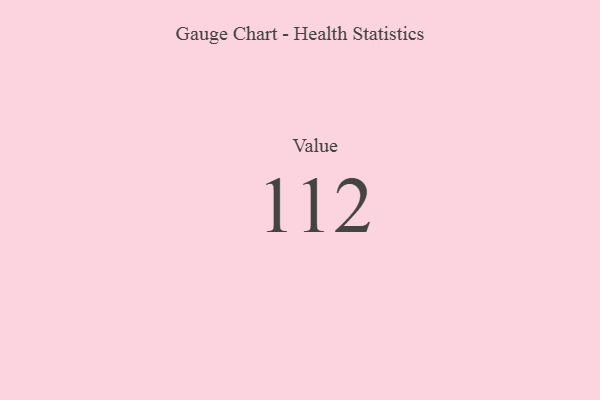
{"axis": {"x": "Metric", "y": "Value"}, "legend": [""], "data": [{"x": "Value", "y": 112, "type": ""}]}